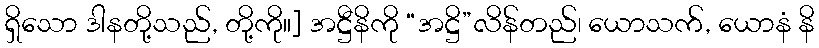
ရှိသော ဒါနတို့သည်, တို့ကို။] အဋ္ဌီနိကို “အဋ္ဌိ”လိန်တည်၊ ယောသက်, ယောနံ နိ